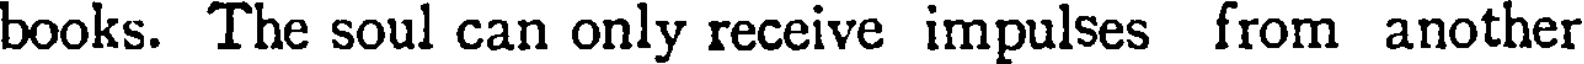
books. The soul can only receive impulses from another